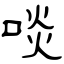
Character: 啖